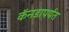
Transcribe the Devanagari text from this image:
कॅनडापर्यंत